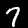
Label: 7